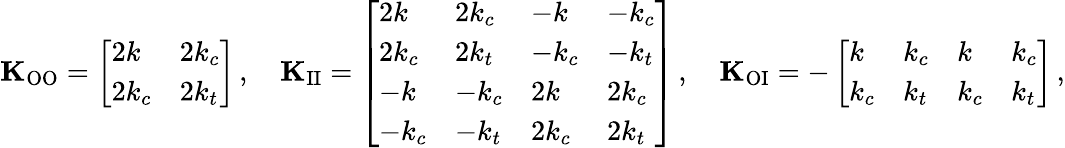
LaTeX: \mathbf{K}_{\mathrm{OO}}=\left[\begin{array}{ll}{2k}&{2k_{c}}\\ {2k_{c}}&{2k_{t}}\end{array}\right]\, ,\quad\mathbf{K}_{\mathrm{II}}=\left[\begin{array}{llll}{2k}&{2k_{c}}&{-k}&{-k_{c}}\\ {2k_{c}}&{2k_{t}}&{-k_{c}}&{-k_{t}}\\ {-k}&{-k_{c}}&{2k}&{2k_{c}}\\ {-k_{c}}&{-k_{t}}&{2k_{c}}&{2k_{t}}\end{array}\right]\, ,\quad\mathbf{K}_{\mathrm{OI}}=-\left[\begin{array}{llll}{k}&{k_{c}}&{k}&{k_{c}}\\ {k_{c}}&{k_{t}}&{k_{c}}&{k_{t}}\end{array}\right]\, ,